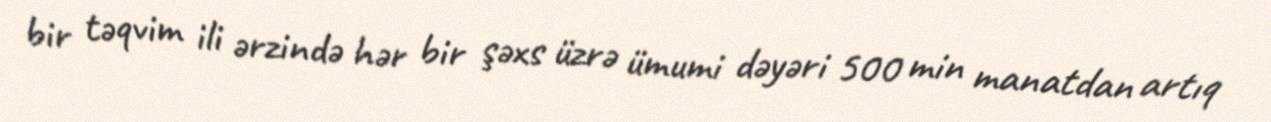
bir təqvim ili ərzində hər bir şəxs üzrə ümumi dəyəri 500 min manatdan artıq